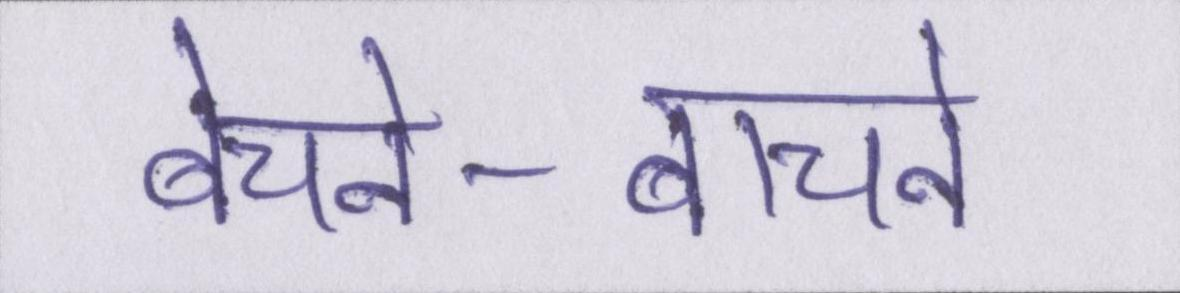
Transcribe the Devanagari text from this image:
बेचने-बाचने